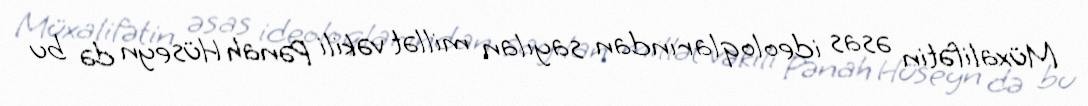
Müxalifətin əsas ideoloqlarından sayılan millət vəkili Pənah Hüseyn də bu